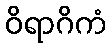
ဝိရာဂိကံ